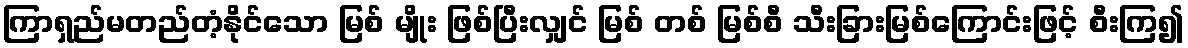
ကြာရှည်မတည်တံ့နိုင်သော မြစ် မျိုး ဖြစ်ပြီးလျှင် မြစ် တစ် မြစ်စီ သီးခြားမြစ်ကြောင်းဖြင့် စီးကြ၍